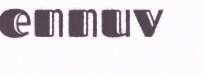
ennuv